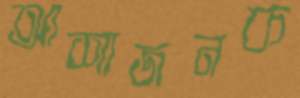
আশাজনক